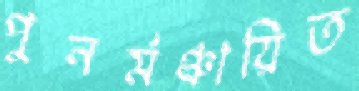
পুনর্মঞ্চায়িত